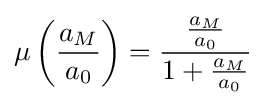
\mu \left({\frac {a_{M}}{a_{0}}}\right)={\frac {\frac {a_{M}}{a_{0}}}{1+{\frac {a_{M}}{a_{0}}}}}~